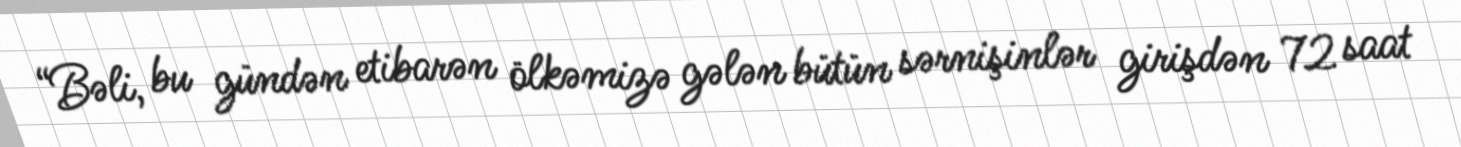
“Bəli, bu gündən etibarən ölkəmizə gələn bütün sərnişinlər girişdən 72 saat